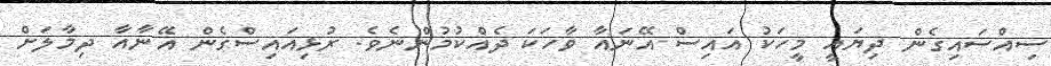
ސިއްސައިގެން ދިޔައީ މީހަކު އައިސް އޭނައާ ވާހަކަ ދެއްކުމުންނެވެ. ރުޅިއައިސްގެން އޭނާއާ ދިމާލަށް